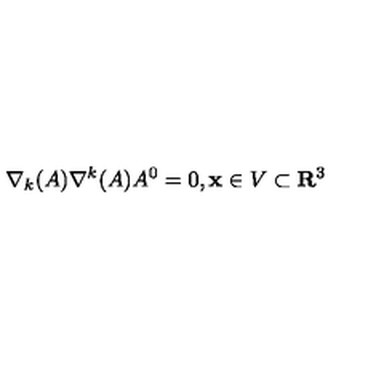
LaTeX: \nabla _ { k } ( A ) \nabla ^ { k } ( A ) A ^ { 0 } = 0 , { \bf x } \in V \subset { \bf R } ^ { 3 }